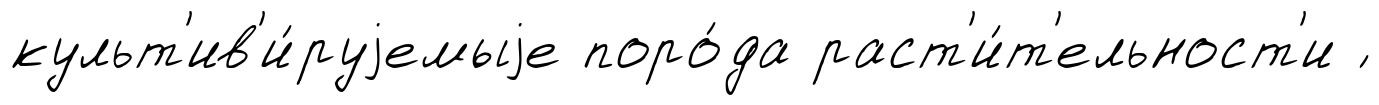
культ'ив'и́руjемыjе поро́да раст'и́т'ельност'и ́